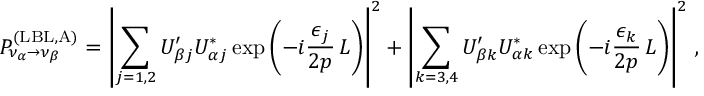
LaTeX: P _ { \nu _ { \alpha } \to \nu _ { \beta } } ^ { ( \mathrm { L B L , A } ) } = \left| \sum _ { j = 1 , 2 } U _ { \beta j } ^ { \prime } U _ { \alpha j } ^ { * } \exp { \left( - i \frac { \epsilon _ { j } } { 2 p } \, L \right) } \right| ^ { 2 } + \left| \sum _ { k = 3 , 4 } U _ { \beta k } ^ { \prime } U _ { \alpha k } ^ { * } \exp { \left( - i \frac { \epsilon _ { k } } { 2 p } \, L \right) } \right| ^ { 2 } \, ,